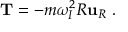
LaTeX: \mathbf { T } = - m \omega _ { I } ^ { 2 } R \mathbf { u } _ { R } \ .